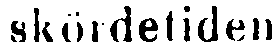
skördetiden.